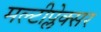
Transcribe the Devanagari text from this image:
मल्टीप्लेक्सर